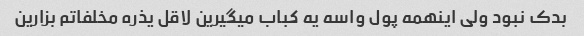
بدک نبود ولی اینهمه پول واسه یه کباب میگیرین لاقل یذره مخلفاتم بزارین